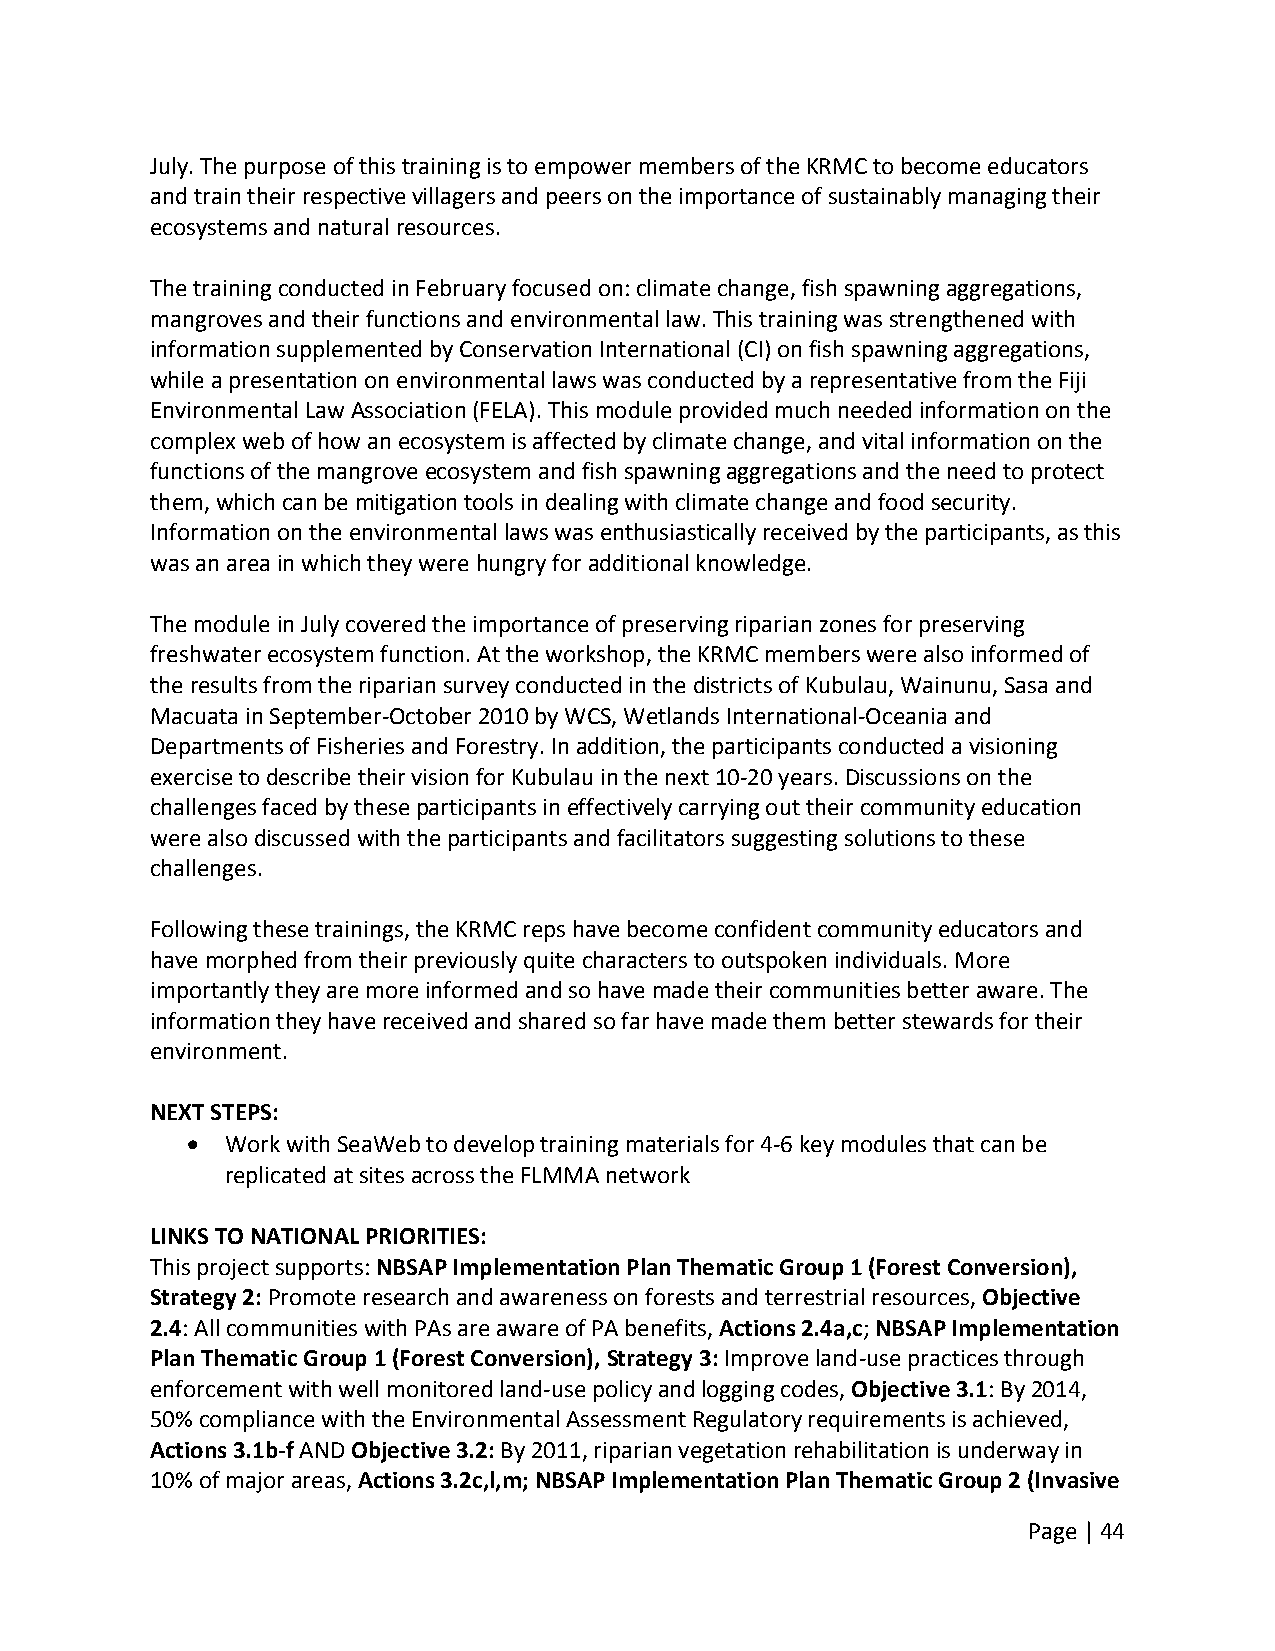
July. The purpose of this training is to empower members of the KRMC to become educators
 and train their respective villagers and peers on the importance of sustainably managing their
 ecosystems and natural resources.
 The training conducted in February focused on: climate change, fish spawning aggregations,
 mangroves and their functions and environmental law. This training was strengthened with
 information supplemented by Conservation International (CI) on fish spawning aggregations,
 while a presentation on environmental laws was conducted by a representative from the Fiji
 Environmental Law Association (FELA). This module provided much needed information on the
 complex web of how an ecosystem is affected by climate change, and vital information on the
 functions of the mangrove ecosystem and fish spawning aggregations and the need to protect
 them, which can be mitigation tools in dealing with climate change and food security.
 Information on the environmental laws was enthusiastically received by the participants, as this
 was an area in which they were hungry for additional knowledge.
 The module in July covered the importance of preserving riparian zones for preserving
 freshwater ecosystem function. At the workshop, the KRMC members were also informed of
 the results from the riparian survey conducted in the districts of Kubulau, Wainunu, Sasa and
 Macuata in September‐October 2010 by WCS, Wetlands International‐Oceania and
 Departments of Fisheries and Forestry. In addition, the participants conducted a visioning
 exercise to describe their vision for Kubulau in the next 10‐20 years. Discussions on the
 challenges faced by these participants in effectively carrying out their community education
 were also discussed with the participants and facilitators suggesting solutions to these
 challenges.
 Following these trainings, the KRMC reps have become confident community educators and
 have morphed from their previously quite characters to outspoken individuals. More
 importantly they are more informed and so have made their communities better aware. The
 information they have received and shared so far have made them better stewards for their
 environment.
 NEXT STEPS:
   Work with SeaWeb to develop training materials for 4‐6 key modules that can be
 replicated at sites across the FLMMA network
 LINKS TO NATIONAL PRIORITIES:
 This project supports: NBSAP Implementation Plan Thematic Group 1 (Forest Conversion),
 Strategy 2: Promote research and awareness on forests and terrestrial resources, Objective
 2.4: All communities with PAs are aware of PA benefits, Actions 2.4a,c; NBSAP Implementation
 Plan Thematic Group 1 (Forest Conversion), Strategy 3: Improve land‐use practices through
 enforcement with well monitored land‐use policy and logging codes, Objective 3.1: By 2014,
 50% compliance with the Environmental Assessment Regulatory requirements is achieved,
 Actions 3.1b‐f AND Objective 3.2: By 2011, riparian vegetation rehabilitation is underway in
 10% of major areas, Actions 3.2c,l,m; NBSAP Implementation Plan Thematic Group 2 (Invasive
 Page | 44